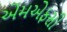
એમએફસી